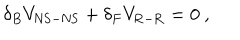
\delta _ { B } V _ { \mathrm { N S - N S } } + \delta _ { F } V _ { \mathrm { R - R } } = 0 ~ ,